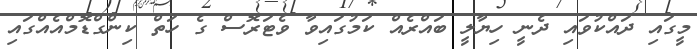
މީގައި ދައްކުވައި ދެނީ ހިޔާލީ ބައްރެއް ކަމުގައިވާ ވެޓަރޮސް ގެ ހަތް ކިންގްޑޮމްއެއްގައި